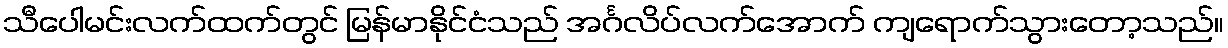
သီပေါမင်းလက်ထက်တွင် မြန်မာနိုင်ငံသည် အင်္ဂလိပ်လက်အောက် ကျရောက်သွားတော့သည်။